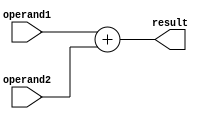
`timescale 1ns / 1ps

module ALU(
		input [7:0] operand1,
		input [7:0] operand2,
		output [7:0] result
	);

	assign result = operand1 + operand2;
endmodule